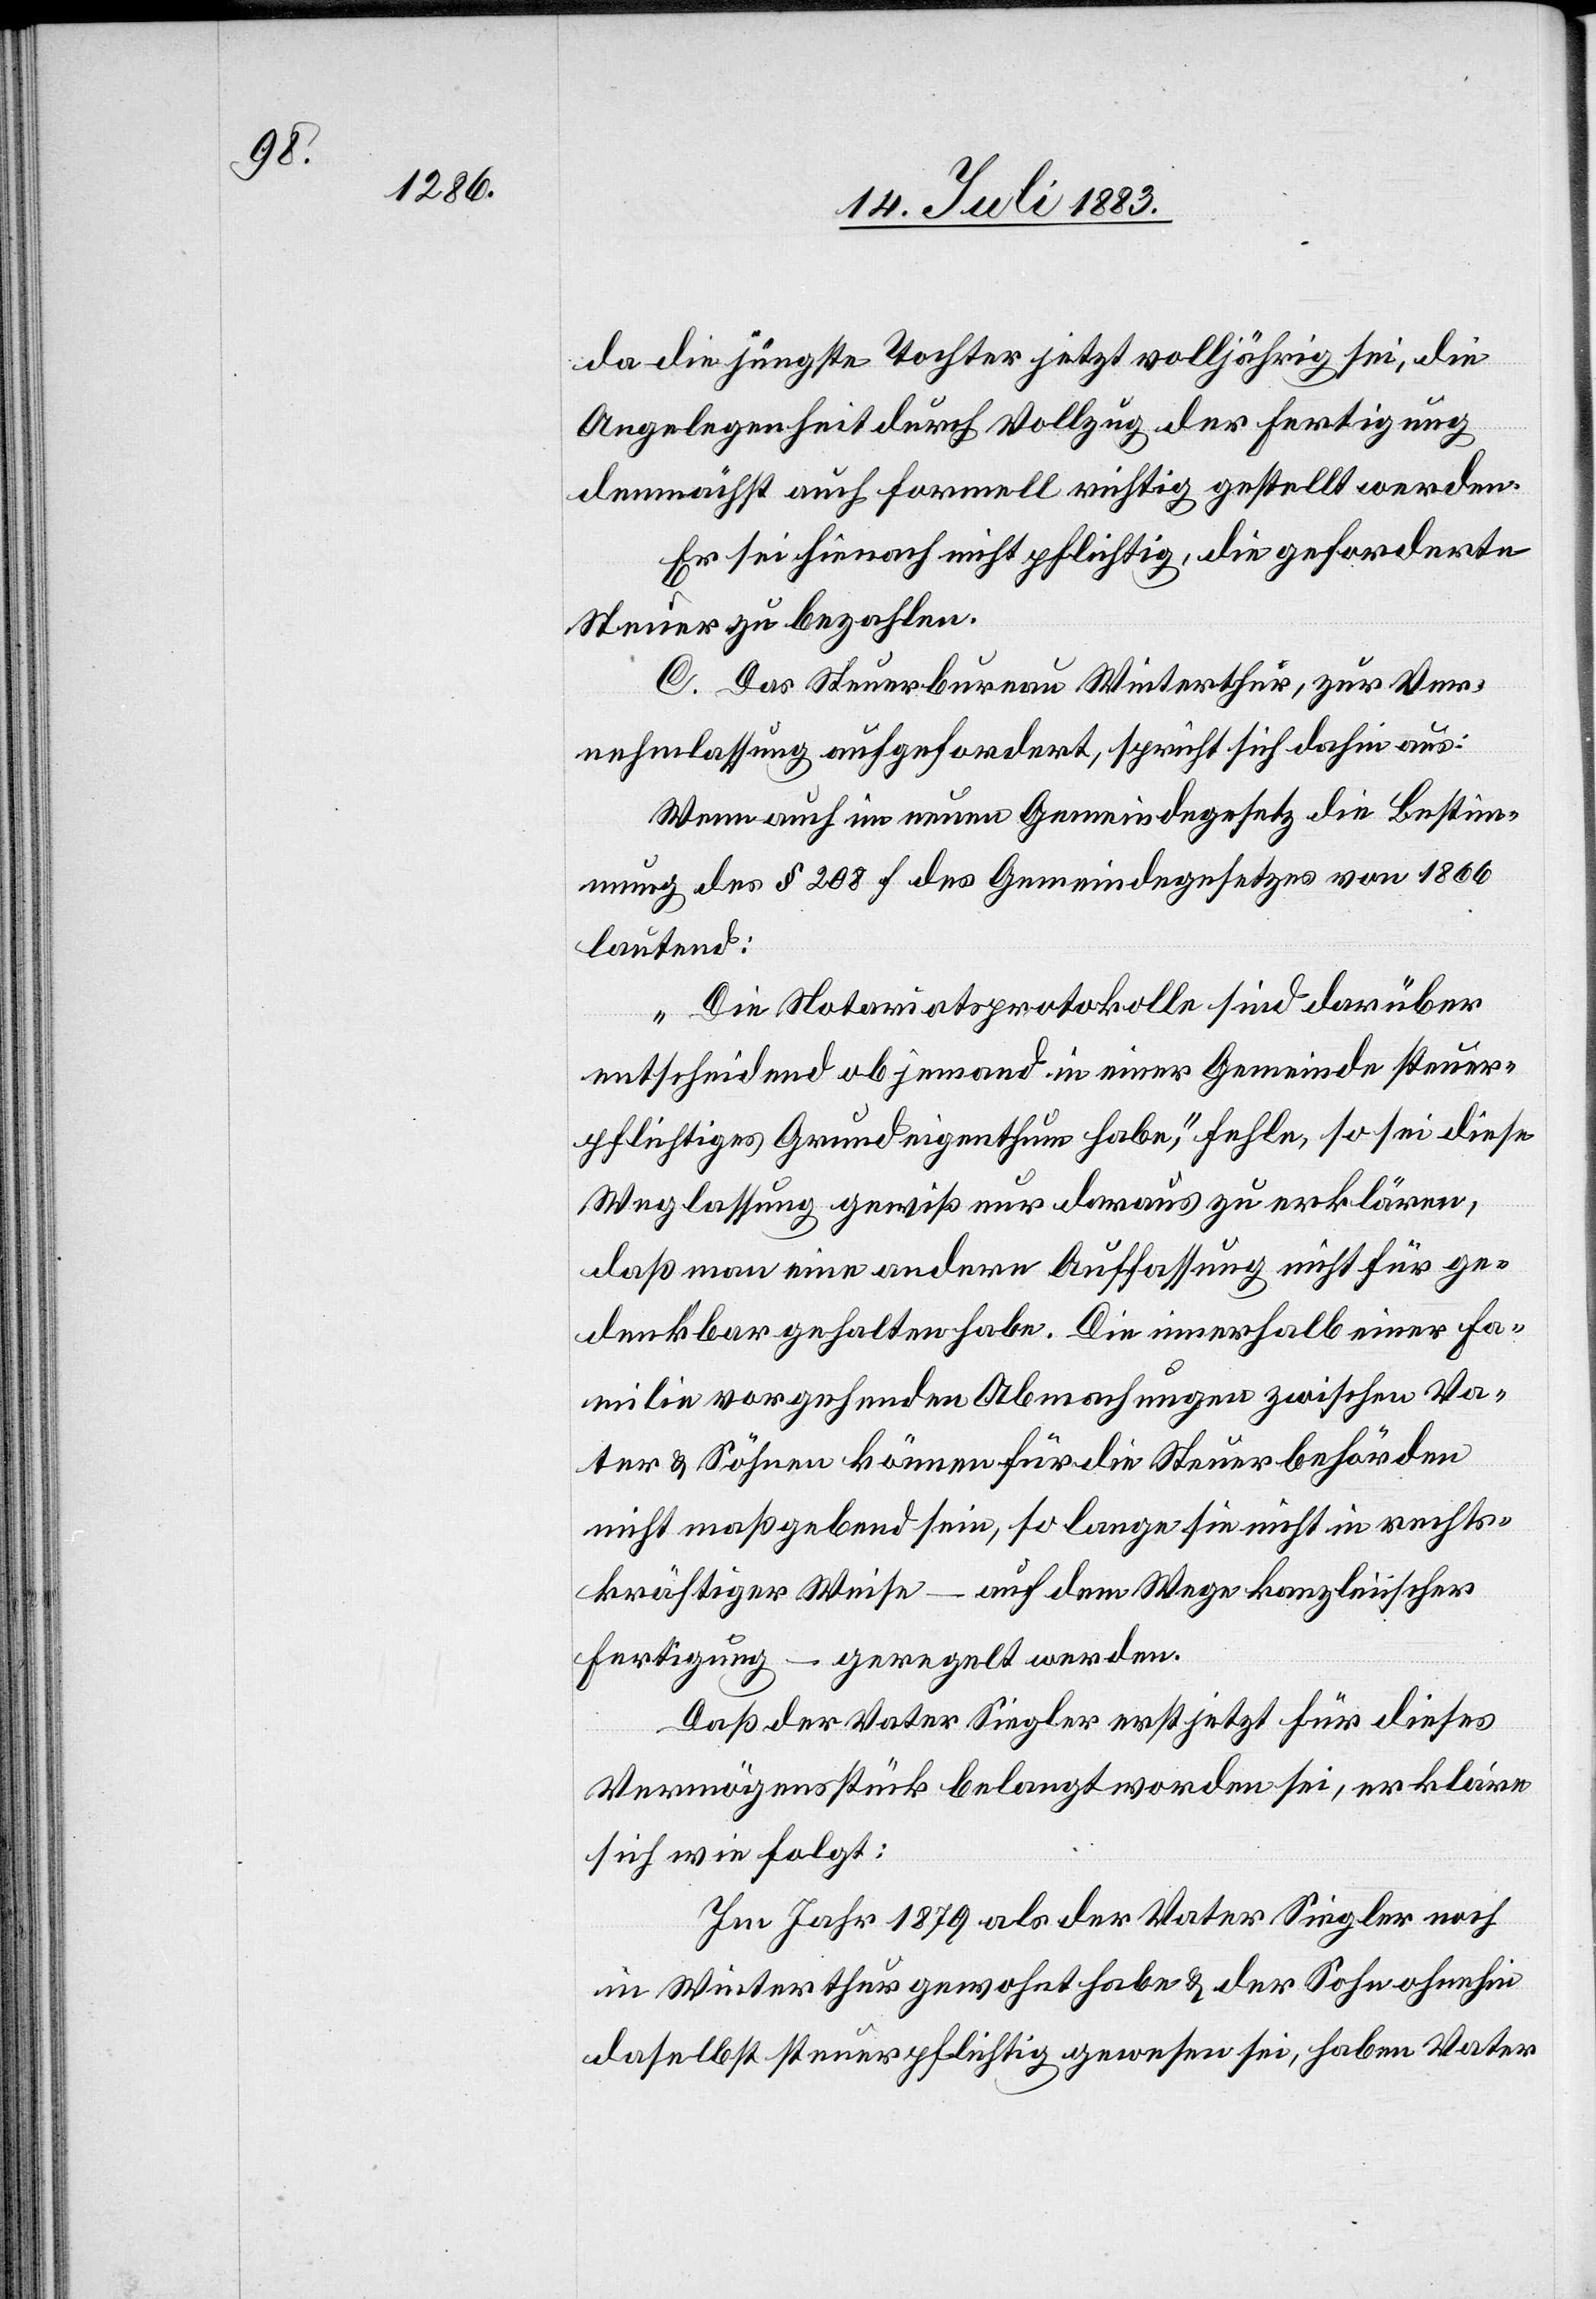
da die jüngste Tochter jetzt volljährig sei, die
Angelegenheit durch Vollzug der Fertigung
demnächst auch formell richtig gestellt werden.
Er sei hienach nicht pflichtig, die geforderte
Steuer zu bezahlen.
C. Das Steuerbureau Winterthur, zur Ver¬
nehmlassung aufgefordert, spricht sich dahin aus:
Wenn auch im neuen Gemeindegesetz die Bestim¬
mung des § 208 f des Gemeindegesetzes von 1866
lautend:
„Die Notariatsprotokolle sind darüber
entscheidend ob jemand in einer Gemeinde steuer¬
pflichtiges Grundeigenthum habe“, fehle, so sei diese
Weglassung gewiß nur daraus zu erklären,
daß man eine andere Auffassung nicht für ge¬
denkbar gehalten habe. Die innerhalb einer Fa¬
milie vorgehenden Abmachungen zwischen Va¬
ter & Söhnen könne für die Steuerbehörden
nicht maßgebend sein, so lange sie nicht in rechts¬
kräftiger Weise – auf dem Wege kanzleiischer
Fertigung – geregelt werden.
Daß der Vater Siegler erst jetzt für dieses
Vermögensstück belangt worden sei, erkläre
sich wie folgt:
Im Jahr 1879 als der Vater Siegler noch
in Winterthur gewohnt habe & der Sohn ohnehin
daselbst steuerpflichtig gewesen sei, haben Vater